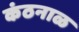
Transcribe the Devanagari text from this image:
कंठनाळ